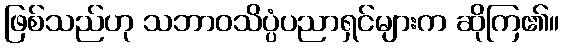
ဖြစ်သည်ဟု သဘာဝသိပ္ပံပညာရှင်များက ဆိုကြ၏။